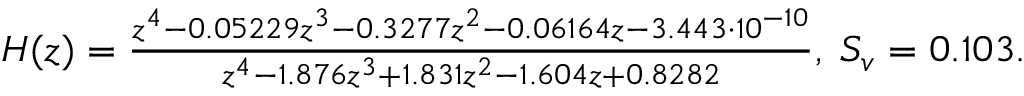
\begin{array} { r } { H ( z ) = \frac { z ^ { 4 } - 0 . 0 5 2 2 9 z ^ { 3 } - 0 . 3 2 7 7 z ^ { 2 } - 0 . 0 6 1 6 4 z - 3 . 4 4 3 \cdot 1 0 ^ { - 1 0 } } { z ^ { 4 } - 1 . 8 7 6 z ^ { 3 } + 1 . 8 3 1 z ^ { 2 } - 1 . 6 0 4 z + 0 . 8 2 8 2 } , \; S _ { v } = 0 . 1 0 3 . } \end{array}